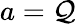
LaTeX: a=\mathcal{Q}